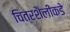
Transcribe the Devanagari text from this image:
चित्रशैलींकडे